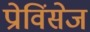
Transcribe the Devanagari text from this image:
प्रोविंसेज